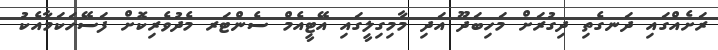
ރަށެއްގައި ދަނގެތި ދިގުރަށް މަހިބަދޫ އަދި މާމިގިލީގައި އޭޓީއެމް ސެންޓަރ މެދުވެރިކޮށް ފަސޭހަކަމާއެކު